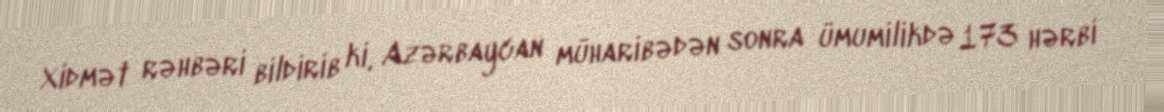
Xidmət rəhbəri bildirib ki, Azərbaycan müharibədən sonra ümumilikdə 173 hərbi